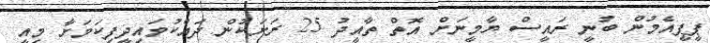
ޕީޕީއެމުން ބުނީ ރައީސް ޔާމީނަށް އޮތް ތާއީދު 25 ރަށަކުން ދައްކުވައިދީފިކަމަށާ މިއީ